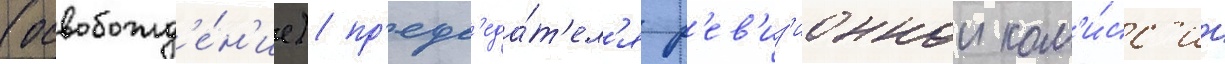
(освобожд'е́н'ие) пр'едс'еда́т'ел'я р'ев'из'ионнои ком'и́сс'ии